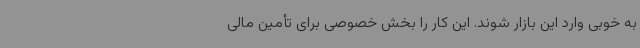
به خوبی وارد این بازار شوند. این کار را بخش خصوصی برای تأمین مالی